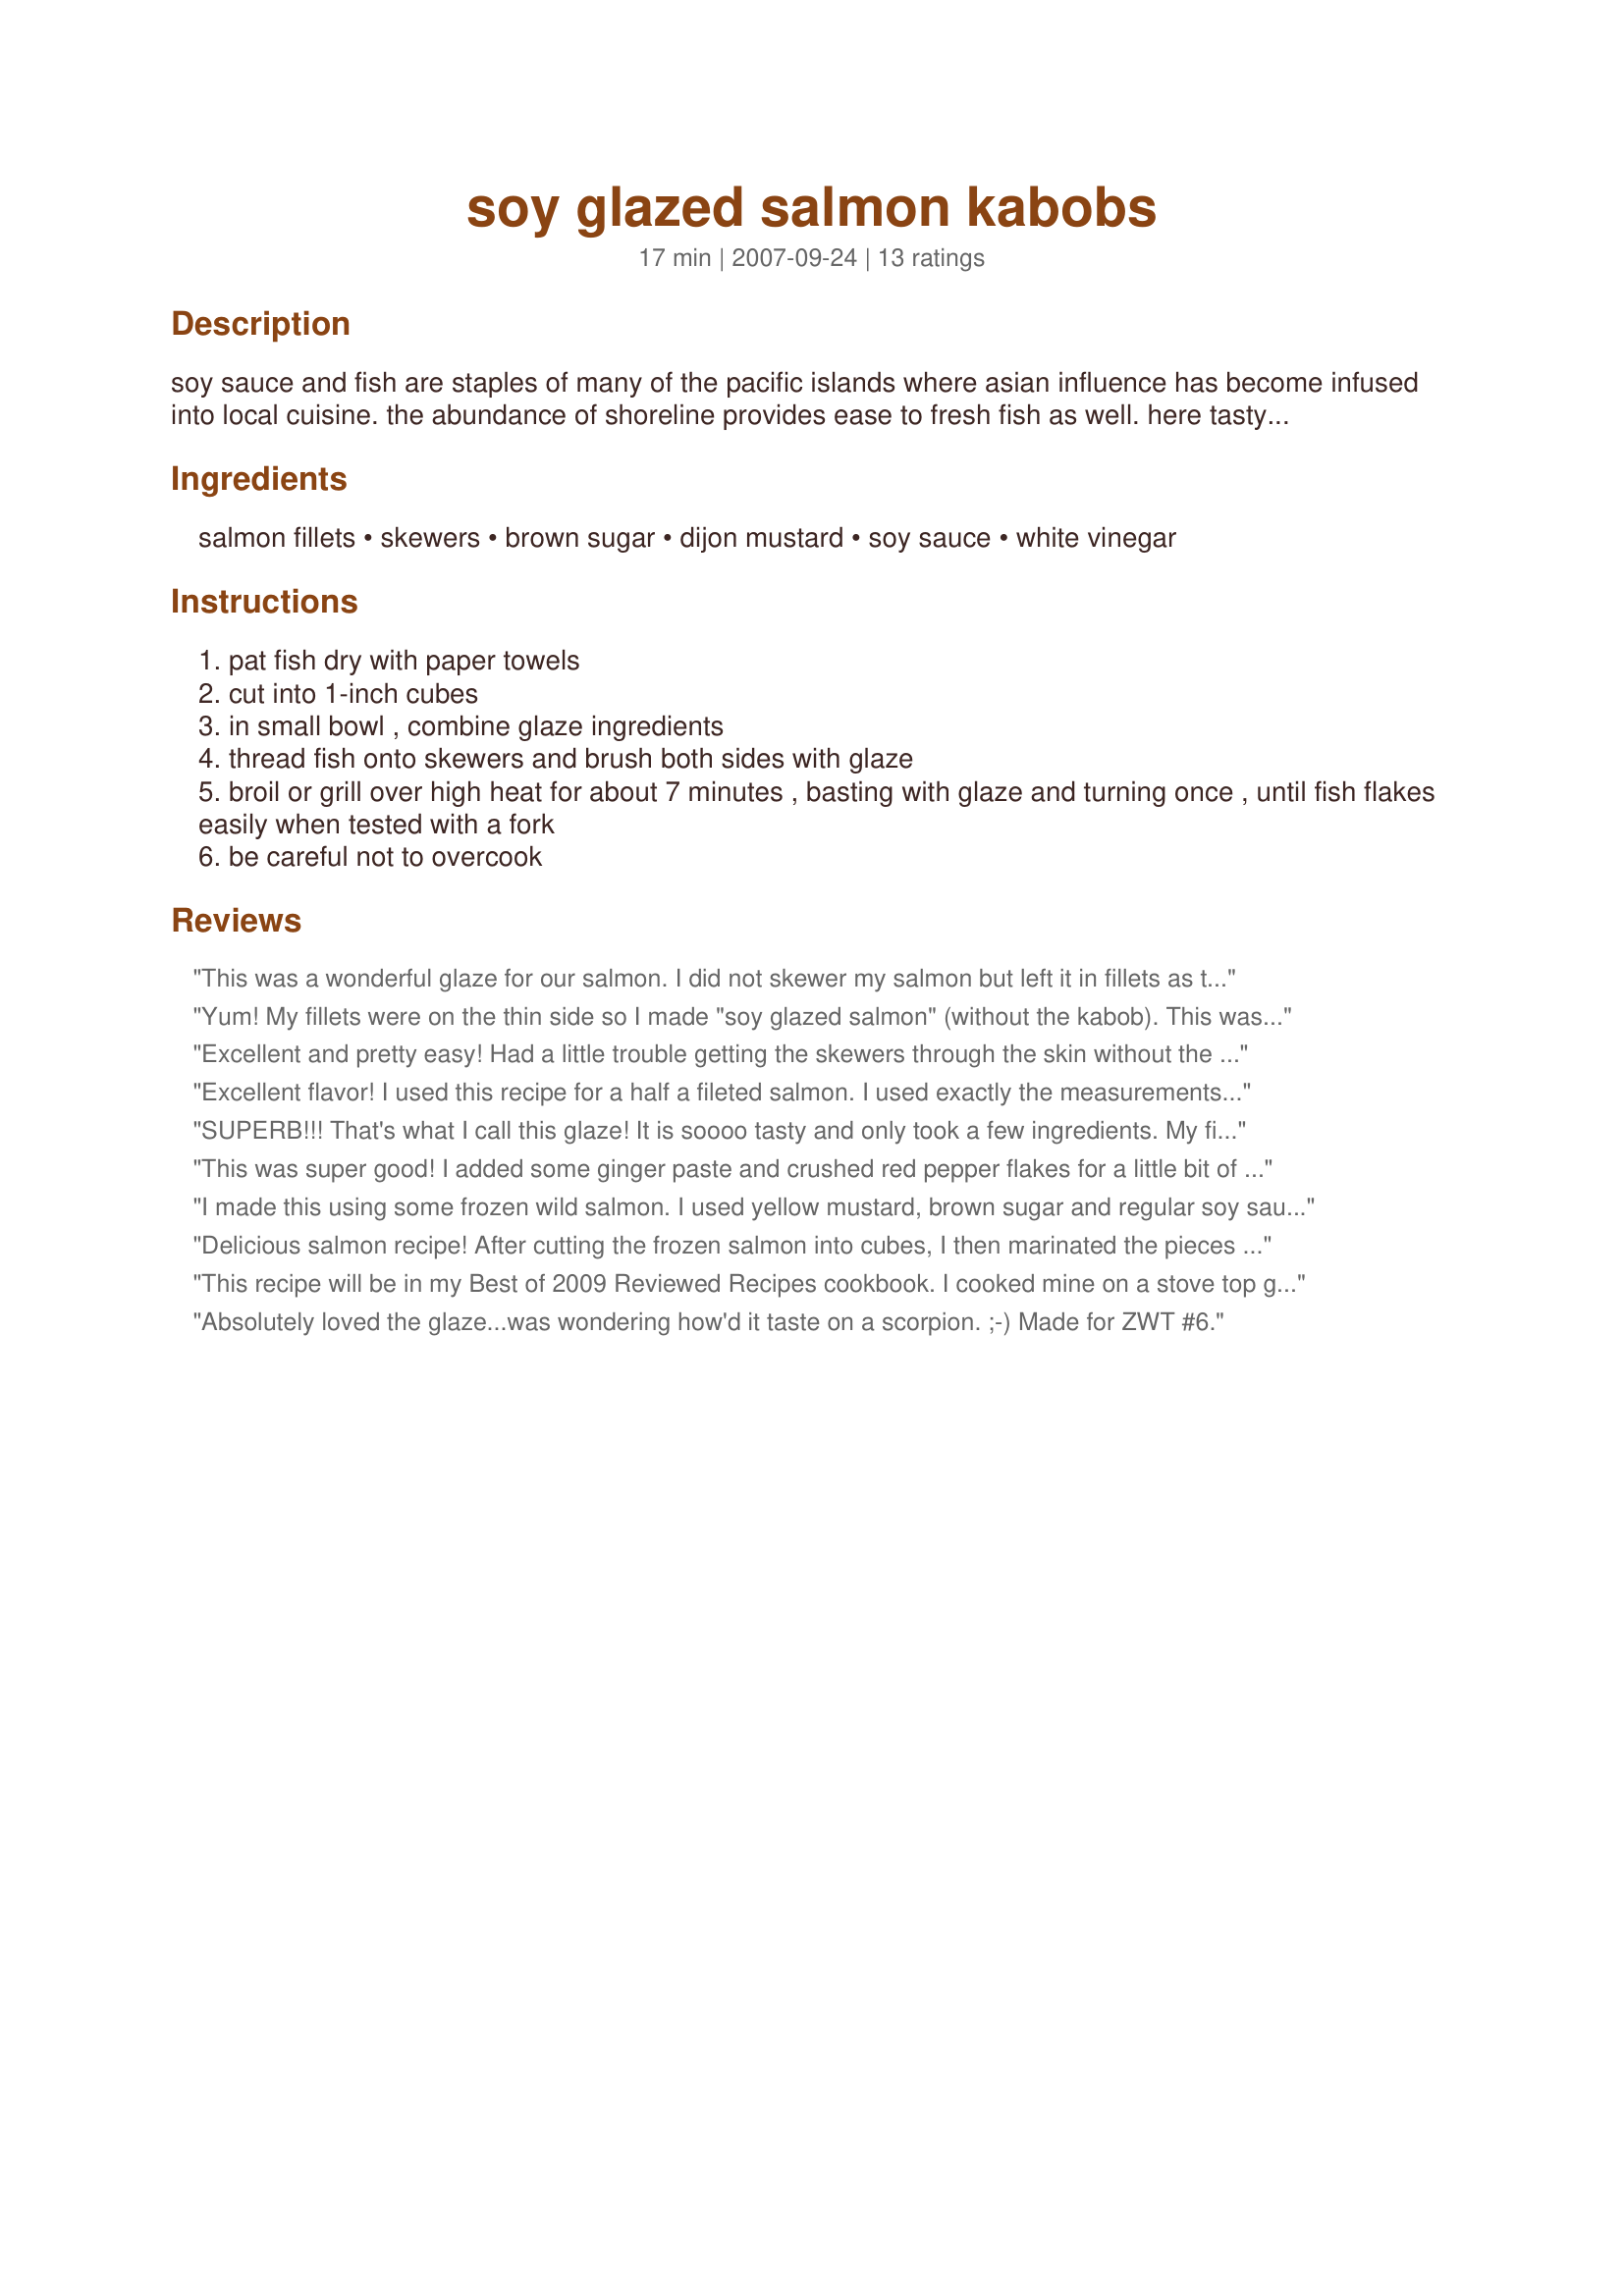
soy glazed salmon kabobs
Preparation time: 17 minutes

soy sauce and fish are staples of many of the pacific islands where asian influence has become infused into local cuisine. the abundance of shoreline provides ease to fresh fish as well. here tasty glazed salmon kabobs, which go well with some sliced green onion, chopped ginger and fresh black pepper fryed in some butter and then mixed into a bed of cooked basmati rice, my preference. i think this recipe was originally from the highliner website.

Ingredients:
salmon fillets, skewers, brown sugar, dijon mustard, soy sauce, white vinegar

Steps:
pat fish dry with paper towels
cut into 1-inch cubes
in small bowl , combine glaze ingredients
thread fish onto skewers and brush both sides with glaze
broil or grill over high heat for about 7 minutes , basting with glaze and turning once , until fish flakes easily when tested with a fork
be careful not to overcook

Reviews:
This was a wonderful glaze for our salmon. I did not skewer my salmon but left it in fillets as they were on the thin side. I will definitely make this glaze again. And as others have mentioned I saved some of the glaze to use as a dipping sauce...this is a must!
Made and reviewed for the Feb-Mar/Special Event 2010 Potluck Tag Game
Yum! My fillets were on the thin side so I made "soy glazed salmon" (without the kabob). This was delicious and the cooking time was spot on. I cooked mine under the broiler about 6 inches from the heating element. Very tasty. I served it with a side of steamed broccoli and recipe #360252 also by UmmBinat. Thanks for posting. :)
Excellent and pretty easy! Had a little trouble getting the skewers through the skin without the salmon falling apart -- would be easier with thicker, higher quality salmon (we used the Kroger brand). I stuck cherry tomatoes between the salmon chunks to help hold them on the skewers, and they were a nice addition. Used dry mustard instead of dijon, used sugar substitute instead of brown sugar, and it was just great. Thanks for posting this, UmmBinat!
Excellent flavor! I used this recipe for a half a fileted salmon. I used exactly the measurements given and it was the perfect amount needed. You don't taste the mustard at all, nor the vinegar. It is a great blend of flavors, where no one flavor overpowers. Thanks for sharing the recipe. Made for ZWT6.
SUPERB!!! That's what I call this glaze! It is soooo tasty and only took a few ingredients. My fillets were kind of falling apart so I cut them in half lengthwise and skewered them through the middle. It worked just fine! I made this on my indoor grill and served it with sesame rice and stir-fry veggies. Made for Went to the Market tag game. Thanks Ummbinat! :)
This was super good! I added some ginger paste and crushed red pepper flakes for a little bit of zing. Will definitely make this again!
I made this using some frozen wild salmon. I used yellow mustard, brown sugar and regular soy sauce. I thought it could've used a little something else, as my salmon was a little bit bland. Perhaps some hot chili? Overall, I think this was an easy and simple recipe that could easily be built on with different flavors. Thanks! Made for ZWT 7.
Delicious salmon recipe! After cutting the frozen salmon into cubes, I then marinated the pieces in the glaze for an hour. I double batched the glaze and reserved half of it to bast the kabobs with. Then I placed them on the skewers and broiled them in my gas oven. Very tasty! Made for 2009 Ramadan tag.
This recipe will be in my Best of 2009 Reviewed Recipes cookbook. I cooked mine on a stove top grill pan. I like this recipe because it uses ingredients that I always have on hand. I would double the glaze so that I have some to dip the salmon in after it is cooked. Great recipe!
Absolutely loved the glaze...was wondering how'd it taste on a scorpion. ;-) Made for ZWT #6.
Wonderful -- and so easy too! I used splenda brown sugar but otherwise made as directed. Made for ZWT#6 accompanied by recipe#188316 and we will be having this again soon!
Very easy and very good! DH said to go ahead and make it again. I just used two fillets and marinated them for a few minutes then I put them on the Foreman grill. Served with Recipe#360252#360252. Thank you. Made for Spring PAC 09.
An absolutely superb dish that is so quick and easy to make! I used a kilo of fresh salmon, which I skinned, boned and cubed. I then made a quadruple batch of sauce (using only half the sugar), and marinated the cubes for about an hour before threading the fish on skewers. As others suggested, I reserved some marinade to use as a dipping sauce. A perfect balance of interesting flavours. Thanks for posting.
